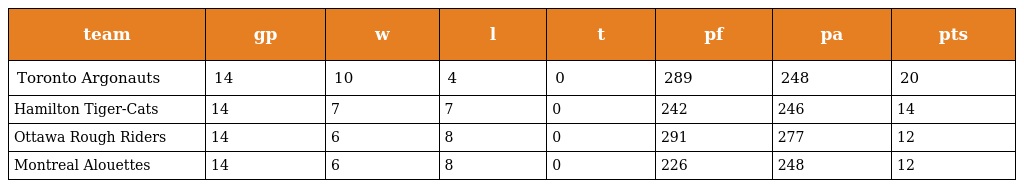
| team | gp | w | l | t | pf | pa | pts |
 | --- | --- | --- | --- | --- | --- | --- | --- |
 | Toronto Argonauts | 14 | 10 | 4 | 0 | 289 | 248 | 20 |
 | Hamilton Tiger-Cats | 14 | 7 | 7 | 0 | 242 | 246 | 14 |
 | Ottawa Rough Riders | 14 | 6 | 8 | 0 | 291 | 277 | 12 |
 | Montreal Alouettes | 14 | 6 | 8 | 0 | 226 | 248 | 12 |